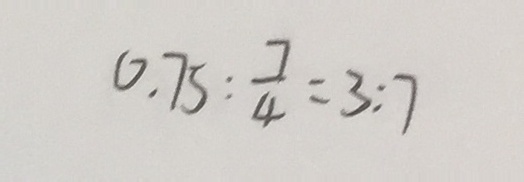
0 . 7 5 : \frac { 7 } { 4 } = 3 : 7